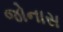
જોનાસ